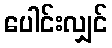
ပေါင်းလျှင်